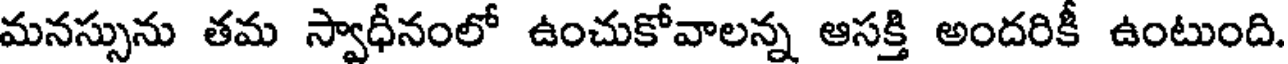
మనస్సును తమ స్వాధీనంలో ఉంచుకోవాలన్న ఆసక్తి అందరికీ ఉంటుంది